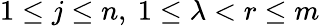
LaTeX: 1\leq j\leq n,\ 1\leq\lambda<r\leq m